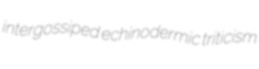
intergossiped echinodermic triticism